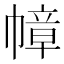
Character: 幛